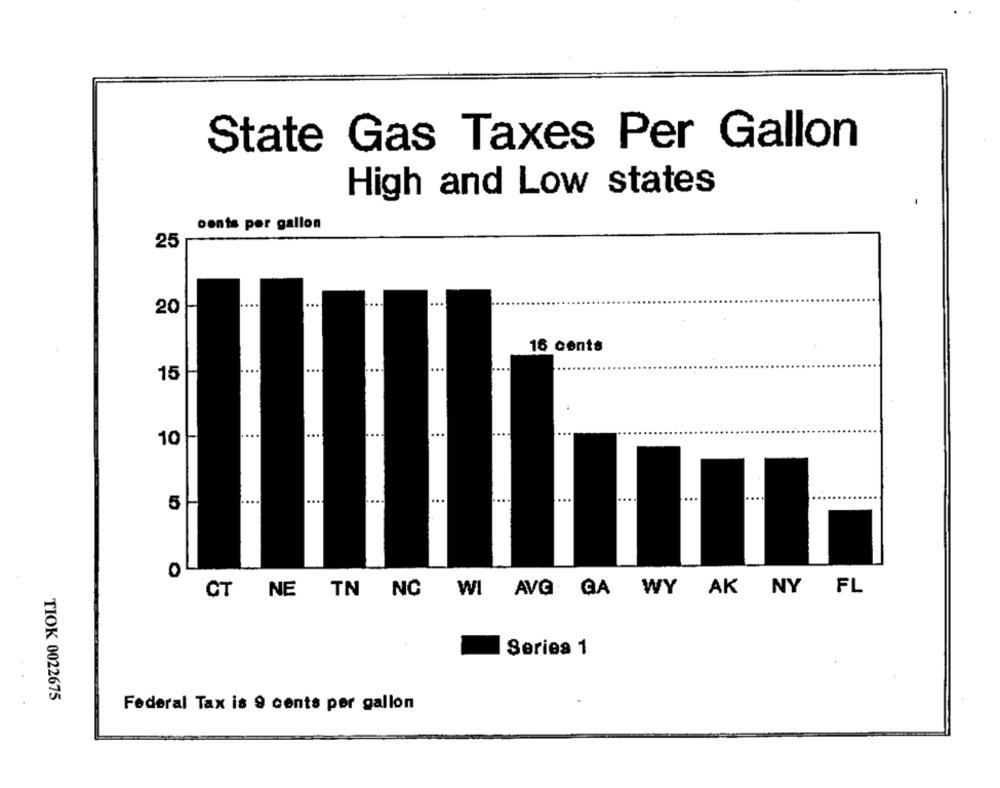
State Gas Taxes Per Gallon
High and Low states
oents por gallon
25
...
...
20
16 cents
...
...
...
15
....
...
10
....
....
5
....
...
NC
WI AVG GA WY AK NY FL
CT NE
TN
Series 1
TIOK 0022675
Federal Tax is 9 cents per gallon